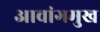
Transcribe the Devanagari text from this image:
आवांगमुख